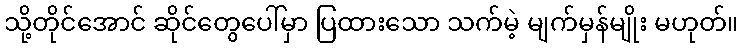
သို့တိုင်အောင် ဆိုင်တွေပေါ်မှာ ပြထားသော သက်မဲ့ မျက်မှန်မျိုး မဟုတ်။